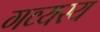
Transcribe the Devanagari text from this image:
गव्यस्य